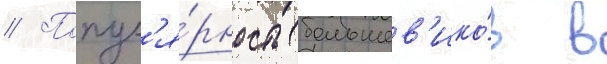
// Попул'я́рность большев'ико́в в